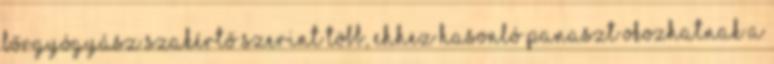
bőrgyógyász szakértő szerint több, ehhez hasonló panaszt okozhatnak a